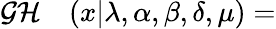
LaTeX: \begin{array}{rl}{\mathrm{\cal GH}}&{{}(x|\lambda,\alpha,\beta,\delta,\mu)=}\end{array}